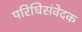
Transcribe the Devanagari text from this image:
परिधिसंवेदक